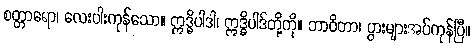
စတ္တာရော၊ လေးပါးကုန်သော။ ဣဒ္ဓိပါဒါ၊ ဣဒ္ဓိပါဒ်တို့ကို။ ဘာဝိတာ၊ ပွားများအပ်ကုန်ပြီ။